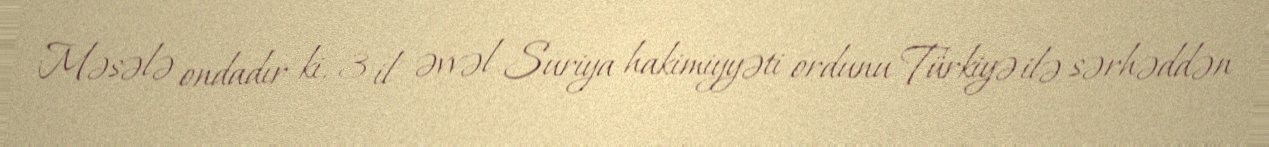
Məsələ ondadır ki, 3 il əvvəl Suriya hakimiyyəti ordunu Türkiyə ilə sərhəddən